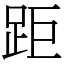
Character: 距